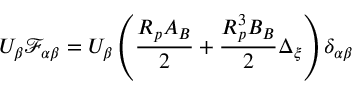
U _ { \beta } \mathcal { F } _ { \alpha \beta } = U _ { \beta } \left( \frac { R _ { p } A _ { B } } { 2 } + \frac { R _ { p } ^ { 3 } B _ { B } } { 2 } \Delta _ { \xi } \right) \delta _ { \alpha \beta }